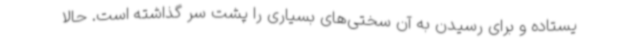
یستاده و برای رسیدن به آن سختی‌های بسیاری را پشت سر گذاشته است. حالا